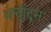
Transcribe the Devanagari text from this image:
शचींद्रम्